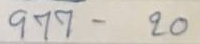
977 - 20